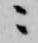
ニ